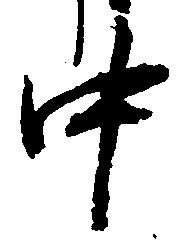
中